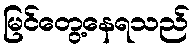
မြင်တွေ့နေရသည်